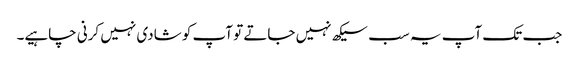
جب تک آپ یہ سب سیکھ نہیں جاتے تو آپ کو شادی نہیں کرنی چاہیے۔